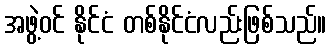
အဖွဲ့ဝင် နိုင်ငံ တစ်နိုင်ငံလည်းဖြစ်သည်။